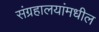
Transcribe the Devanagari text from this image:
संग्रहालयांमधील